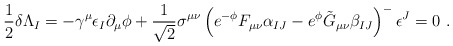
\begin{align*}\frac{1}{2}\delta \Lambda_I = - \gamma^\mu\epsilon_I \partial_\mu\phi + \frac{1}{\sqrt 2} \sigma^{\mu\nu}\left(e^{-\phi}F_{\mu\nu} \alpha_{IJ} -e^\phi \tilde G_{\mu\nu}\beta_{IJ}\right)^-\epsilon^J = 0\ .\end{align*}